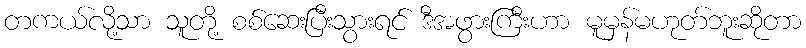
တကယ်လို့သာ သူတို့ စစ်ဆေးပြီးသွားရင် ဒီအဖွားကြီးဟာ မူမှန်မဟုတ်ဘူးဆိုတာ